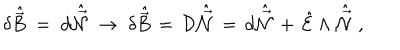
\delta \hat { \vec { B } } \; = \; d \hat { \vec { \cal N } } \; \rightarrow \; \delta \hat { \vec { B } } \, = \, { \cal D } \hat { \vec { \cal N } } \, = \, d \hat { \vec { \cal N } } \, + \, \hat { \cal E } \wedge \hat { \vec { \cal N } } \; ,